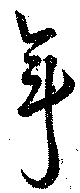
年